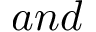
a n d